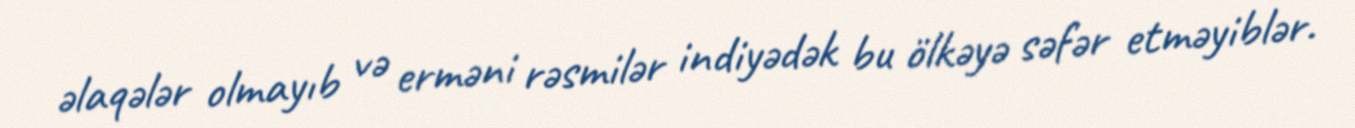
əlaqələr olmayıb və erməni rəsmilər indiyədək bu ölkəyə səfər etməyiblər.